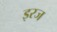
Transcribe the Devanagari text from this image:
इरज